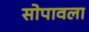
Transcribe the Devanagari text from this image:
सोपावला